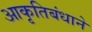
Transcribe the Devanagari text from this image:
आकृतिबंधाने